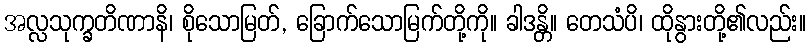
အလ္လသုက္ခတိဏာနိ၊ စိုသောမြတ်, ခြောက်သောမြက်တို့ကို။ ခါဒန္တိ။ တေသံပိ၊ ထိုနွားတို့၏လည်း။